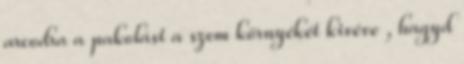
arcodra a pakolást a szem környékét kivéve , hagyd